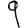
Digit: 9